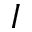
I